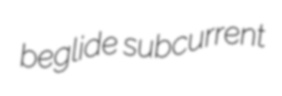
beglide subcurrent